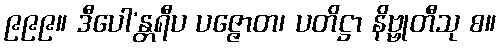
၉၉၉။ ဒီပေါ’န္တရီပ ပဇ္ဇောတ၊ ပတိဋ္ဌာ နိဗ္ဗုတီသု စ။